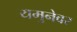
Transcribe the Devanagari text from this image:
यमुनेवर